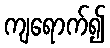
ကျရောက်၍